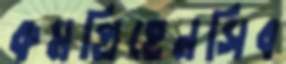
কমপ্রিহেনসিব